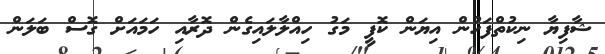
ޝާފިޔާ ނިކުތްފަހުން އިޔަން ކޮފީ މަގު ހިއްލާލައިގެން ދޮރާއި ހަމައަށް ގޮސް ބަލަން